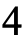
4